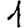
Digit: 1